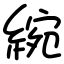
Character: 綩